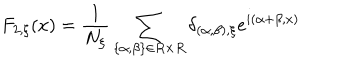
F _ { 2 , \xi } ( x ) = \frac { 1 } { N _ { \xi } } \sum _ { \{ \alpha , \beta \} \in R \times R } \delta _ { ( \alpha , \beta ) , \xi } e ^ { i ( \alpha + \beta , x ) }